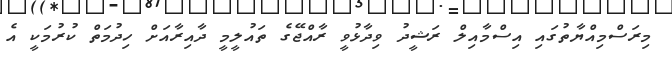
މިރަސްމިއްޔާތުގައި އިސްމާއިލް ރަޝީދު ވިދާޅުވީ ރާއްޖޭގެ ތައުލީމީ ދާއިރާއަށް ހިދުމަތް ކުރުމަކީ އެ